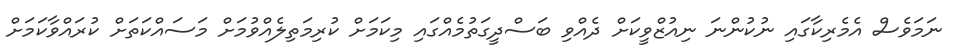
ނަމަވެސް އެމެރިކާގައި ނުކުންނަ ނިއުޒްވީކަށް ދެއްވި ބަސްދީގަތުމެއްގައި މިކަމަށް ކުރިމަތިލެއްވުމަށް މަސައްކަތަށް ކުރައްވާކަމަށް